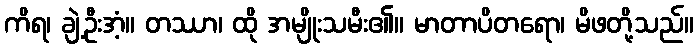
ကိရ၊ ချဲ့ဦးအံ့။ တဿာ၊ ထို အမျိုးသမီး၏။ မာတာပိတရော၊ မိဖတို့သည်။